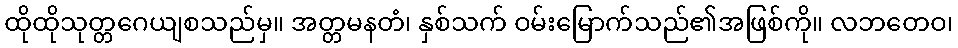
ထိုထိုသုတ္တဂေယျစသည်မှ။ အတ္တမနတံ၊ နှစ်သက် ဝမ်းမြောက်သည်၏အဖြစ်ကို။ လဘတေဝ၊